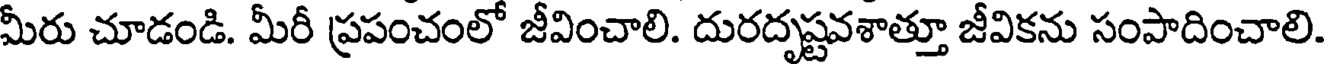
మీరు చూడండి. మీరీ ప్రపంచంలో జీవించాలి. దురదృష్టవశాత్తూ జీవికను సంపాదించాలి.